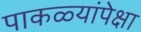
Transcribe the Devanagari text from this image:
पाकळ्यांपेक्षा